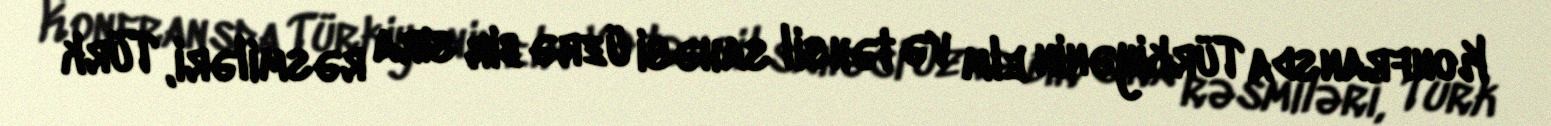
Konfransda Türkiyənin elm və təhsil sahəsi üzrə bir sıra rəsmiləri, Türk